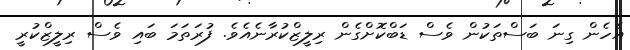
އެހެން ގިނަ ބަސްތަކުން ވެސް ޑަބްކޮށްގެން ރިލީޒްކުރާނެއެވެ. ފުރަތަމަ ބައި ވެސް ރިލީޒްކުރީ